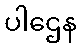
ပါဌေန